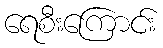
ရေစီးကြောင်း